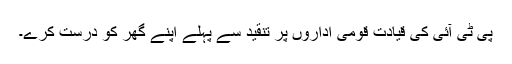
پی ٹی آئی کی قیادت قومی اداروں پر تنقید سے پہلے اپنے گھر کو درست کرے۔